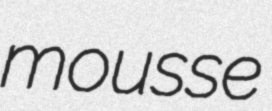
mousse